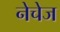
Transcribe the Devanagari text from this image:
नेचेज